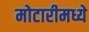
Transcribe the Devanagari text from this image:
मोटारीमध्ये